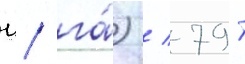
ц/ га́) / 791